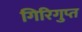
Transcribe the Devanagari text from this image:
गिरिगुप्त